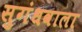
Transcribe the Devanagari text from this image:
सुगंधवाला